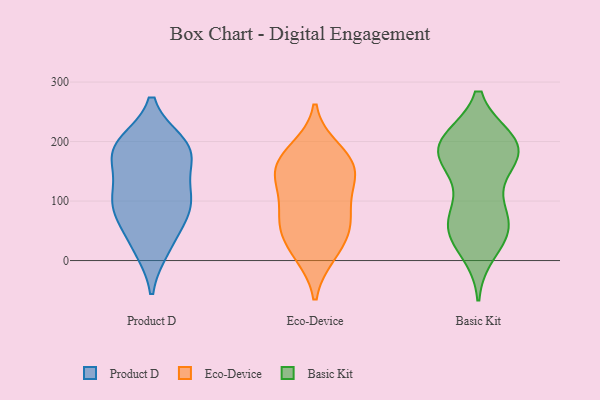
{"axis": {"x": "Backlog", "y": "Value"}, "legend": ["Basic Kit", "Eco-Device", "Product D"], "data": [{"x": "", "y": 182, "type": "Product D"}, {"x": "", "y": 25, "type": "Product D"}, {"x": "", "y": 88, "type": "Product D"}, {"x": "", "y": 182, "type": "Product D"}, {"x": "", "y": 95, "type": "Product D"}, {"x": "", "y": 116, "type": "Product D"}, {"x": "", "y": 197, "type": "Product D"}, {"x": "", "y": 111, "type": "Product D"}, {"x": "", "y": 185, "type": "Product D"}, {"x": "", "y": 163, "type": "Product D"}, {"x": "", "y": 196, "type": "Product D"}, {"x": "", "y": 91, "type": "Product D"}, {"x": "", "y": 66, "type": "Product D"}, {"x": "", "y": 21, "type": "Product D"}, {"x": "", "y": 14, "type": "Eco-Device"}, {"x": "", "y": 123, "type": "Eco-Device"}, {"x": "", "y": 61, "type": "Eco-Device"}, {"x": "", "y": 158, "type": "Eco-Device"}, {"x": "", "y": 152, "type": "Eco-Device"}, {"x": "", "y": 74, "type": "Eco-Device"}, {"x": "", "y": 153, "type": "Eco-Device"}, {"x": "", "y": 11, "type": "Eco-Device"}, {"x": "", "y": 174, "type": "Eco-Device"}, {"x": "", "y": 119, "type": "Eco-Device"}, {"x": "", "y": 66, "type": "Eco-Device"}, {"x": "", "y": 51, "type": "Eco-Device"}, {"x": "", "y": 186, "type": "Eco-Device"}, {"x": "", "y": 81, "type": "Basic Kit"}, {"x": "", "y": 200, "type": "Basic Kit"}, {"x": "", "y": 78, "type": "Basic Kit"}, {"x": "", "y": 154, "type": "Basic Kit"}, {"x": "", "y": 199, "type": "Basic Kit"}, {"x": "", "y": 190, "type": "Basic Kit"}, {"x": "", "y": 64, "type": "Basic Kit"}, {"x": "", "y": 50, "type": "Basic Kit"}, {"x": "", "y": 190, "type": "Basic Kit"}, {"x": "", "y": 45, "type": "Basic Kit"}, {"x": "", "y": 49, "type": "Basic Kit"}, {"x": "", "y": 184, "type": "Basic Kit"}, {"x": "", "y": 187, "type": "Basic Kit"}, {"x": "", "y": 198, "type": "Basic Kit"}, {"x": "", "y": 160, "type": "Basic Kit"}, {"x": "", "y": 17, "type": "Basic Kit"}]}